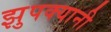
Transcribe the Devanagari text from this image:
झुपक्यानी